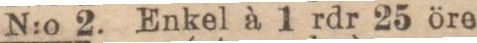
N:o 2. Enkel à 1 rdr 25 öre